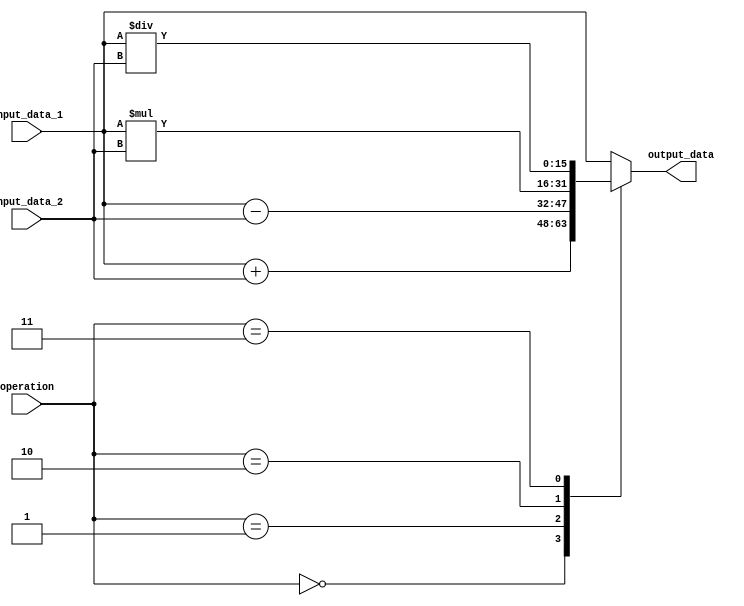
module fixed_point_converter (
    input signed [15:0] input_data_1,
    input signed [15:0] input_data_2,
    input [2:0] operation,
    output reg signed [15:0] output_data
);

always @(*)
begin
    case(operation)
        3'b000: output_data = input_data_1 + input_data_2; // addition
        3'b001: output_data = input_data_1 - input_data_2; // subtraction
        3'b010: output_data = input_data_1 * input_data_2; // multiplication
        3'b011: output_data = input_data_1 / input_data_2; // division
        default: output_data = input_data_1;
    endcase
end

endmodule